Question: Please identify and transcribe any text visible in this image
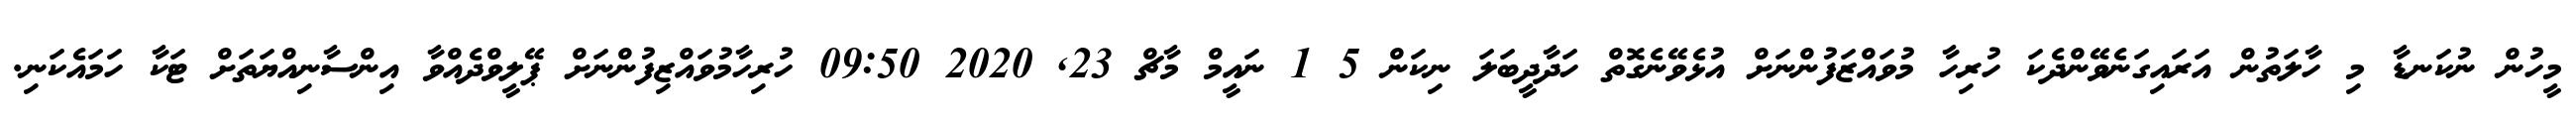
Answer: މީހުން ނުކަނޑާ މި ހާލަތުން އަރައިގަނެވޭންދެކަ ހުރިހާ މުވައްޒަފުންނަށް އުޅެވޭނެގޮތް ހަދާދީބަލަ ނިކަން 5 1 ނައީމް މާޗް 23, 2020 09:50 ހުރިހާމުވައްޒިފުންނަށް ޕޭލީވްދެއްވާ އިންސާނިއްޔަތަށް ޓަކާ ހަމައެކަނި.